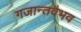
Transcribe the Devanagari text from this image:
गजान्तवैभव